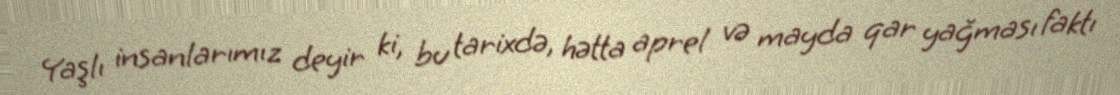
Yaşlı insanlarımız deyir ki, bu tarixdə, hətta aprel və mayda qar yağması faktı